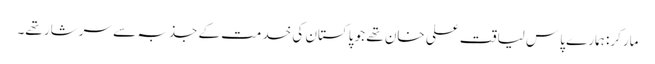
مارکر: ہمارے پاس لیاقت علی خان تھے جو پاکستان کی خدمت کے جذبہ سے سرشار تھے۔